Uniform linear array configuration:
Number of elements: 64
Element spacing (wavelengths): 0.75
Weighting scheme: cosine
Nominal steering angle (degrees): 0
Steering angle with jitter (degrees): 0.1667
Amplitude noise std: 0.05
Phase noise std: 0.05

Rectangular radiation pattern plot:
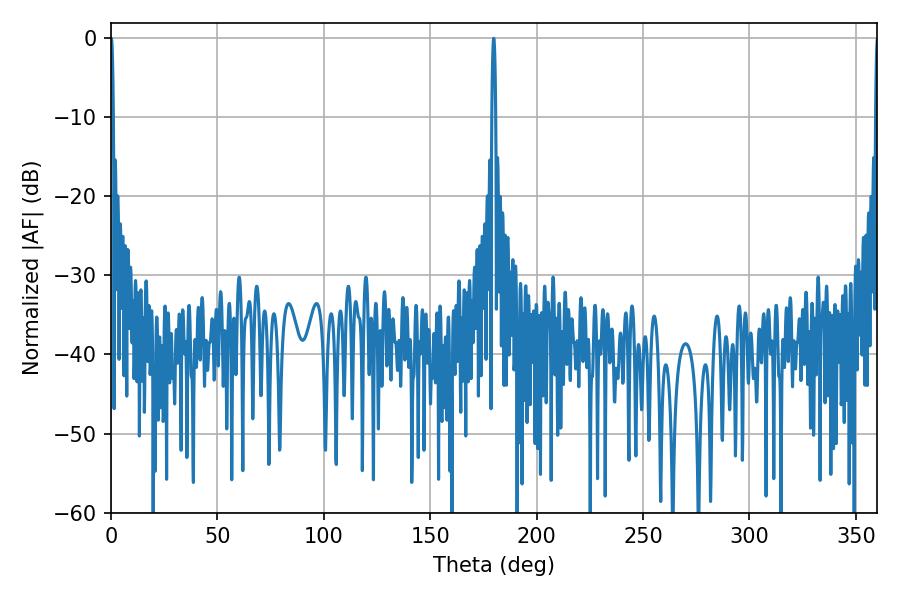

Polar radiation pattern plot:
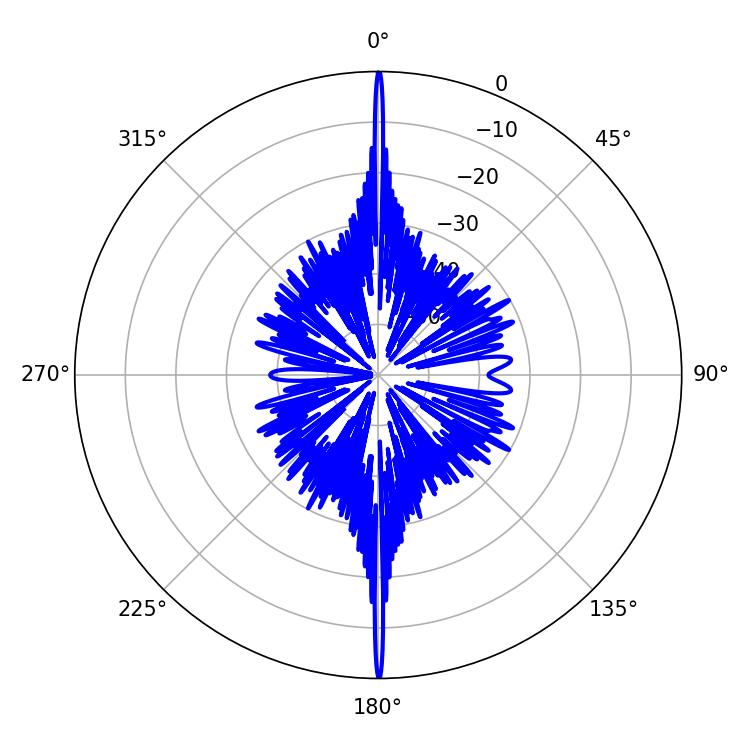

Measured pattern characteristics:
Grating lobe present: TRUE
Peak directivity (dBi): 38.565
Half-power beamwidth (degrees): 0.9
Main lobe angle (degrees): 179.82